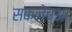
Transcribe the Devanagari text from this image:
सकलेच्आ